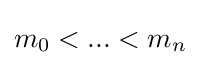
m_{0}<...<m_{n}